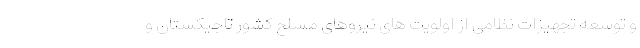
و توسعه تجهیزات نظامی از اولویت های نیروهای مسلح کشور تاجیکستان و